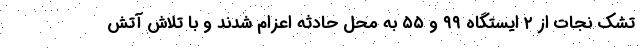
تشک نجات از ۲ ایستگاه ۹۹ و ۵۵ به محل حادثه اعزام شدند و با تلاش آتش